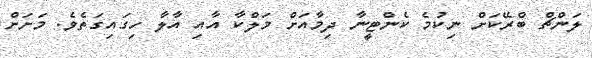
ލަންޗް ބްރޭކަށް ނިކުމެ ކެންޓީނާ ދިމާއަށް މަލްކާ އާއި އާލާ ހިގައިގަތެވެ. މަށަށް